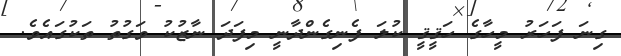
ގިނަ ފަހަރު މީހާގެ ހަޤީޤީ ކުލަ ފެނިގެންދާނީ މިފަދަ ނާޒުކު ވަގުތު ތަކުގައެވެ.